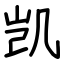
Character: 凯